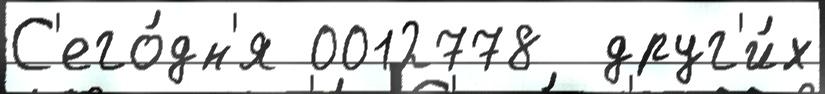
С'его́дн'я 0012778  друг'и́х